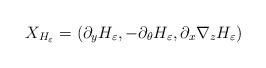
LaTeX: \begin{align*}X_{H_{\varepsilon}}=(\partial_y H_{\varepsilon}, -\partial_{\theta} H_{\varepsilon}, \partial_x \nabla_z H_{\varepsilon})\end{align*}